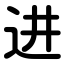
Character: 进